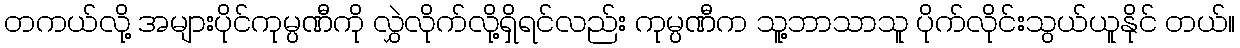
တကယ်လို့ အများပိုင်ကုမ္ပဏီကို လွှဲလိုက်လို့ရှိရင်လည်း ကုမ္ပဏီက သူ့ဘာသာသူ ပိုက်လိုင်းသွယ်ယူနိုင် တယ်။